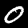
Label: 0